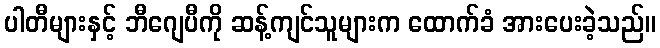
ပါတီများနှင့် ဘီဂျေပီကို ဆန့်ကျင်သူများက ထောက်ခံ အားပေးခဲ့သည်။